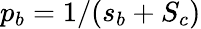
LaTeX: p_{b}=1/(s_{b}+S_{c})